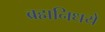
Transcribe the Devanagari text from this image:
ब्रह्मनिधये